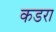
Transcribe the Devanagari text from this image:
कडरा